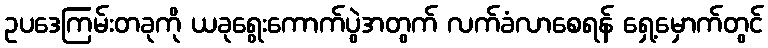
ဥပဒေကြမ်းတခုကို ယခုရွေးကောက်ပွဲအတွက် လက်ခံလာစေရန် ရှေ့မှောက်တွင်